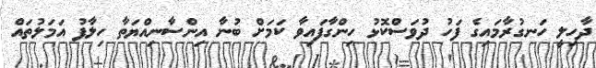
ދާހިލީ ހަނގުރާމައިގެ ފަހު ދުވަސްކޮޅު ހިންގާފައިވާ ކަމަށް ބުނާ އިންސާނިއްޔަތާ ހިލާފު އަމަލުތައް